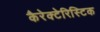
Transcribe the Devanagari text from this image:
कैरेक्टेरिस्टिक